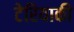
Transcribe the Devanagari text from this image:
टेरियाकी